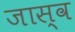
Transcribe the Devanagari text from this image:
जास्व